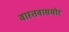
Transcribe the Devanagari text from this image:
वास्तवासमोर